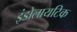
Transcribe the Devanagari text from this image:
इंडोलायटिक